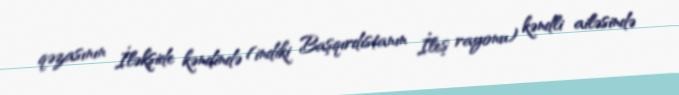
qəzasının İləkşide kəndində (indiki Başqırdıstanın İleş rayonu) kəndli ailəsində